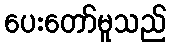
ပေးတော်မူသည်